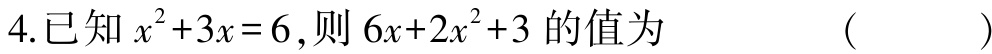
4.已知$x^{2}+3x = 6$,则$6x + 2x^{2}+3$的值为 （  ）